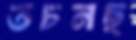
তচনছ